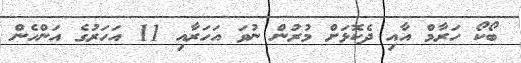
ބޯކޯ ހަރާމް އާއި ދެކޮޅަށް މުރުން ނުވަ އަހަރާއި 11 އަހަރުގެ އަންހެން